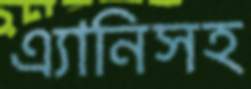
এ্যানিসহ